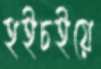
হইচইয়ে